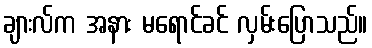
ချားလ်က အနား မရောင်ခင် လှမ်းပြောသည်။